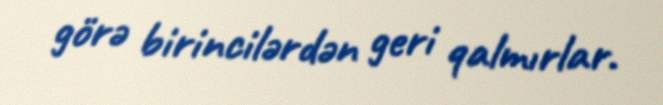
görə birincilərdən geri qalmırlar.